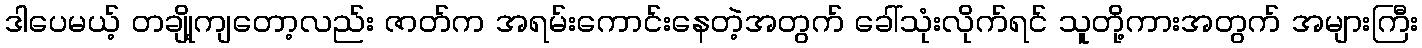
ဒါပေမယ့် တချို့ကျတော့လည်း ဇာတ်က အရမ်းကောင်းနေတဲ့အတွက် ခေါ်သုံးလိုက်ရင် သူတို့ကားအတွက် အများကြီး